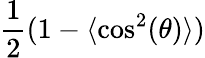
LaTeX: \frac{1}{2}(1-\langle\cos^{2}(\theta)\rangle)